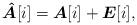
LaTeX: \begin{align*} {\boldsymbol {\hat{A}}}[i] = {\boldsymbol A}[i] + {\boldsymbol E}[i],\end{align*}